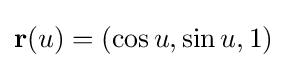
\mathbf {r} (u)=(\cos u,\sin u,1)